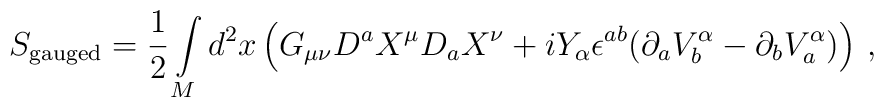
S_{{\mbox {\scriptsize {gauged}}}}=\frac 12 \int\limits_Md^2x \left( G_{\mu\nu}D^a X^\mu D_a X^\nu +iY_\alpha \epsilon^{ab}(\partial_a V_b^\alpha -\partial_b V_a^\alpha ) \right) \,,